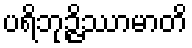
ပရိဘုဉ္ဇိဿာမာတိ